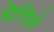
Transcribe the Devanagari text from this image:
घॆत्तिले